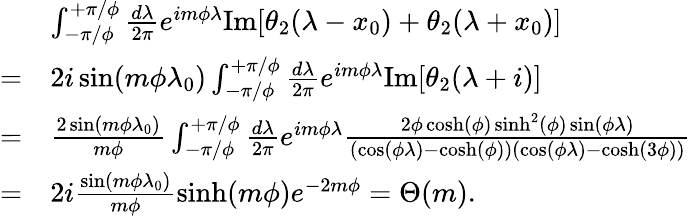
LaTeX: \begin{array}{rl}&{\int_{-\pi/\phi}^{+\pi/\phi}\frac{d\lambda}{2\pi}e^{im\phi\lambda}\mathrm{Im}[\theta_{2}(\lambda-x_{0})+\theta_{2}(\lambda+x_{0})]}\\ {=}&{2i\sin(m\phi\lambda_{0})\int_{-\pi/\phi}^{+\pi/\phi}\frac{d\lambda}{2\pi}e^{im\phi\lambda}\mathrm{Im}[\theta_{2}(\lambda+i)]}\\ {=}&{\frac{2\sin(m\phi\lambda_{0})}{m\phi}\int_{-\pi/\phi}^{+\pi/\phi}\frac{d\lambda}{2\pi}e^{im\phi\lambda}\frac{2\phi\cosh(\phi)\sinh^{2}(\phi)\sin(\phi\lambda)}{(\cos(\phi\lambda)-\cosh(\phi))(\cos(\phi\lambda)-\cosh(3\phi))}}\\ {=}&{2i\frac{\sin(m\phi\lambda_{0})}{m\phi}\sinh(m\phi)e^{-2m\phi}=\Theta(m).}\end{array}